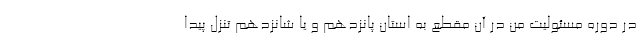
در دوره مسئولیت من در آن مقطع به استان پانزدهم و یا شانزدهم تنزل پیدا